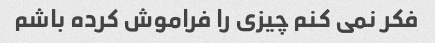
فکر نمی کنم چیزی را فراموش کرده باشم